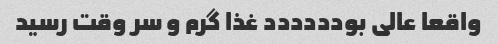
واقعا عالی بودددددد غذا گرم و سر وقت رسید